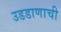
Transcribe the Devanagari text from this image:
उडडाणाची